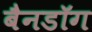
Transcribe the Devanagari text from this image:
बैनडॉग